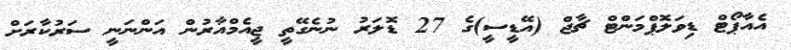
އެއާޕޯޓް ޑިވަލޮޕްމަންޓް ޗާޖް (އޭޑީސީ)ގެ 27 ޑޮލަރު ނުނެގޭތީ ޖީއެމްއާރުން އަންނަނީ ސަރުކާރަށް